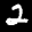
Label: 2